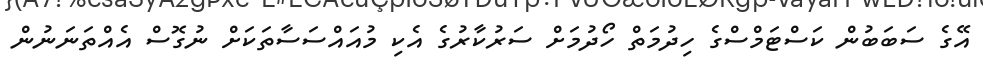
އޭގެ ސަބަބުން ކަސްޓަމްސްގެ ހިދުމަތް ހޯދުމަށް ސަރުކާރުގެ އެކި މުއައްސަސާތަކަށް ނުގޮސް އެއްތަނަނުން